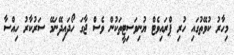
މިހާރު ކުވޭތުގައި ހުރި ޕްރައިވެޓް ޔުނިވަސިޓީތަކުން ވެސް ޖާގަ ހޯދައިދޭނަމޭ ސަރުކާރު ހިއްސާ